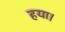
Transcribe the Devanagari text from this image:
हया।